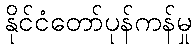
နိုင်ငံတော်ပုန်ကန်မှု